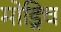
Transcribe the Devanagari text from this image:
मोड्रिच